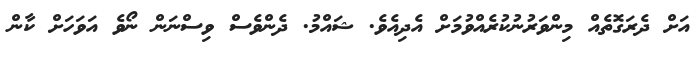
އަށް ދެރަގޮތެއް މިންވަރުނުކުރެއްވުމަށް އެދިއެވެ. ޝައްމު. ދެންވެސް ވިސްނަން ނޯވެ އަވަހަށް ކާން